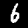
Digit: 6